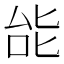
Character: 𫨩